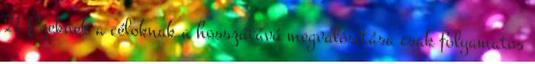
21 Ezeknek a céloknak a hosszútávú megvalósítása csak folyamatos